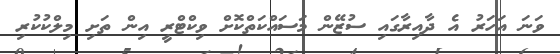
ވަނަ އަހަރު އެ ދާއިރާގައި ސުޒޭން މަސައްކަތްކޮށް ވިކްޓްރީ އިން ތަށި މިލްކުކުރި